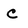
Character: C